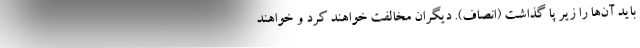
باید آن‌ها را زیر پا گذاشت (‌انصاف). دیگران مخالفت خواهند کرد و خواهند